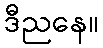
ဒီညနေ။